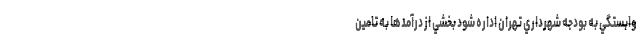
وابستگي به بودجه شهرداري تهران اداره شود بخشي از درآمدها به تامين